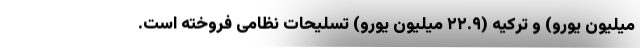
میلیون یورو) و ترکیه (۲۲.۹ میلیون یورو) تسلیحات نظامی فروخته است.